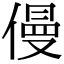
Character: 僈